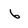
Character: 6